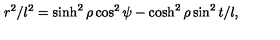
r ^ { 2 } / l ^ { 2 } = \sinh ^ { 2 } \rho \cos ^ { 2 } \psi - \cosh ^ { 2 } \rho \sin ^ { 2 } t / l ,